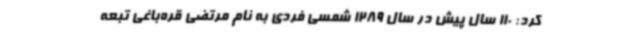
کرد: 110 سال پیش در سال 1289 شمسی فردی به نام مرتضی قره‌باغی تبعه